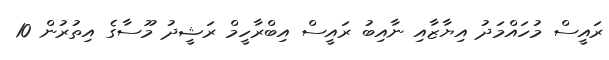
ރައީސް މުހައްމަދު އިޔާޒާއި ނާއިބު ރައީސް އިބްރާހީމް ރަޝީދު މޫސާގެ އިތުރުން 10